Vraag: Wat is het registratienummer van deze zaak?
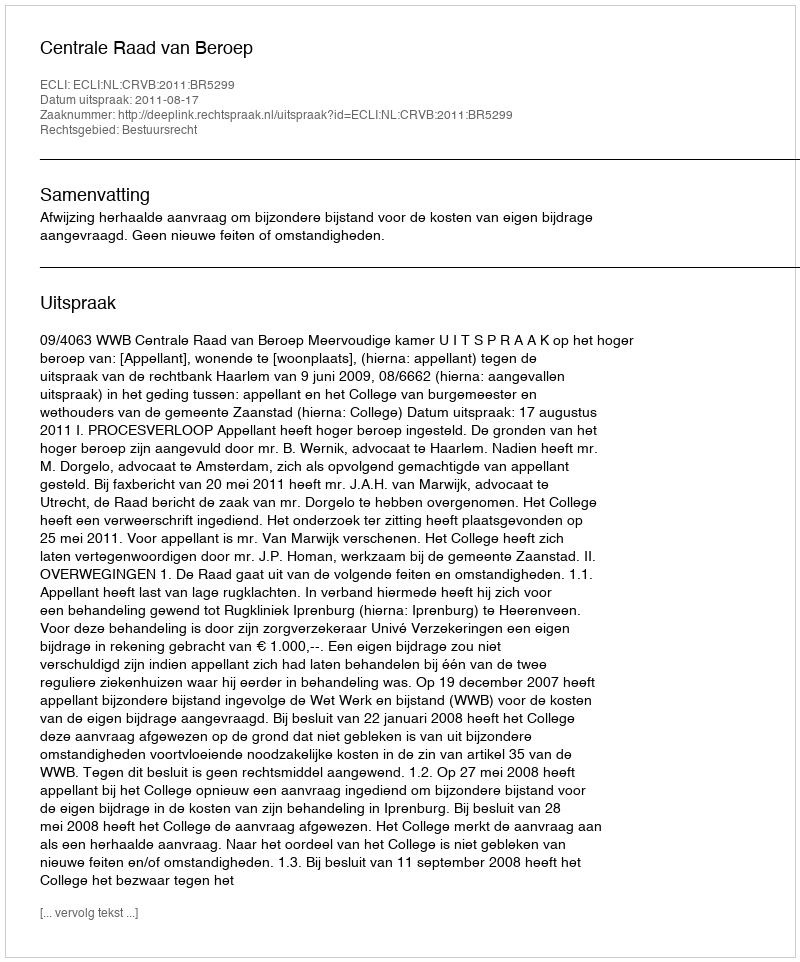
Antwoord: http://deeplink.rechtspraak.nl/uitspraak?id=ECLI:NL:CRVB:2011:BR5299